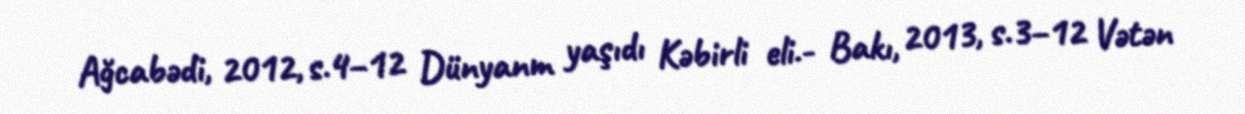
Ağcabədi, 2012, s.4–12 Dünyanm yaşıdı Kəbirli eli.- Bakı, 2013, s.3–12 Vətən